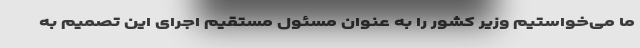
ما می‌خواستیم وزیر کشور را به عنوان مسئول مستقیم اجرای این تصمیم به